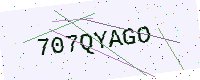
Text: 707QYAGO